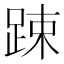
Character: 踈